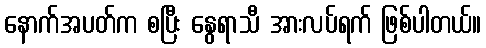
နောက်အပတ်က စပြီး နွေရာသီ အားလပ်ရက် ဖြစ်ပါတယ်။